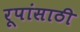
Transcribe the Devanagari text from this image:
रूपांसाठी